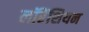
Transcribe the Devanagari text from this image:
लॉरेंशियन